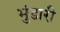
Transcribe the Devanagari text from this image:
भुंडारी